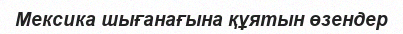
Мексика шығанағына құятын өзендер